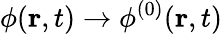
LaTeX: \phi(\mathbf{r},t)\rightarrow\phi^{(0)}(\mathbf{r},t)